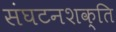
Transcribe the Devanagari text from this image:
संघटनशक्ति